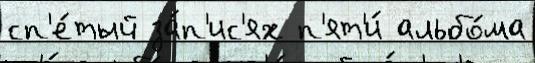
сп'е́тый за́п'ис'ях п'ят'и́ альбо́ма